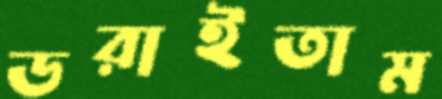
ডরাইতাম